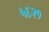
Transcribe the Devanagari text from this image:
५६२१